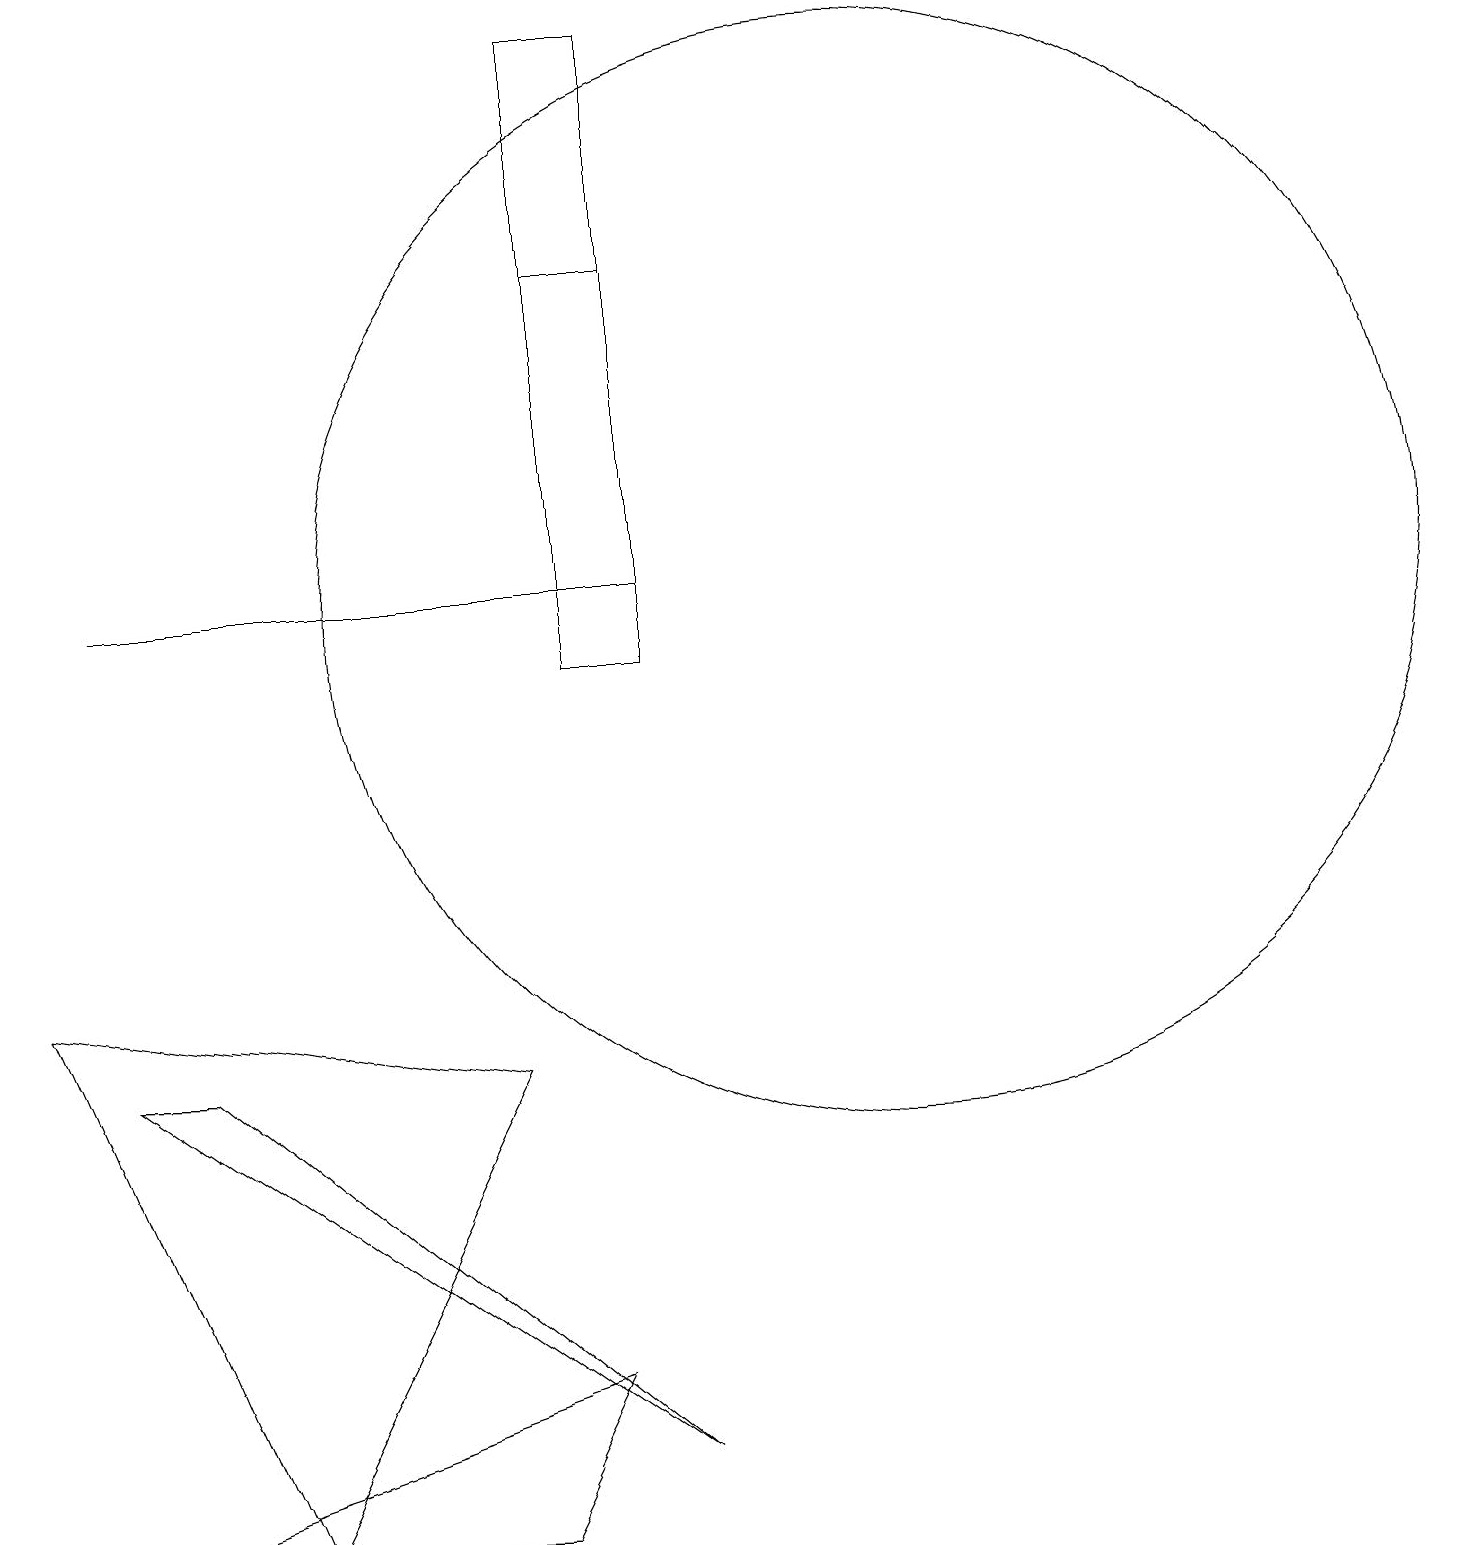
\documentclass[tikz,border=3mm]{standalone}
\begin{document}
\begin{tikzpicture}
\draw (10,11) circle (0);
\draw (8,12) rectangle (1,12);
\draw (11,12) circle (7);
\draw (8,1) -- (2,6) -- (1,6) -- cycle;
\draw (8,16) rectangle (7,11);
\draw (0,7) -- (3,0) -- (6,6) -- cycle;
\draw (7,19) rectangle (8,11);
\draw (1,0) -- (7,2) -- (6,0) -- cycle;
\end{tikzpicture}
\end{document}